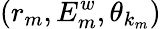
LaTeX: (r_{m},E_{m}^{w},\theta_{k_{m}})